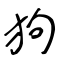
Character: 狗